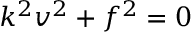
k ^ { 2 } v ^ { 2 } + f ^ { 2 } = 0